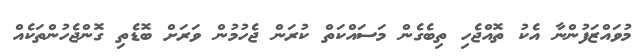
މުވައްޒަފުންނާ އެކު ތޮއްޖެހި ތިބެގެން މަސައްކަތް ކުރަން ޖެހުމުން ވަރަށް ބޮޑެތި ގޮންޖެހުންތަކެއް